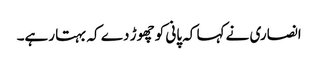
انصاری نے کہا کہ پانی کو چھوڑ دے کہ بہتا رہے۔